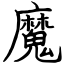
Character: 魔